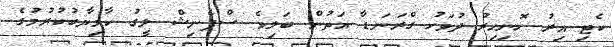
ކެޓި އިރު ހޮނިހިރު ދުވަހު ގްރަނަޑާ އަތުން ބަލިވެ ސްޕެނިޝް ލީގު ކާމިޔާބުކުރުމުގެ